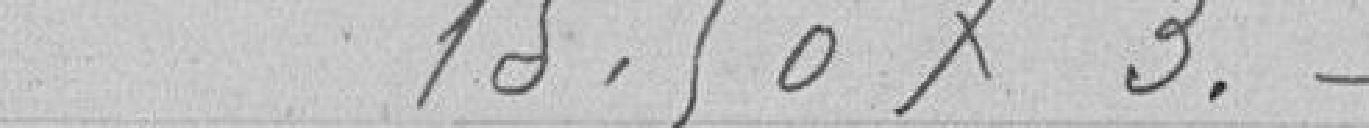
15.50 x 3 =